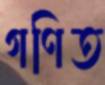
গণিত